Lunatic asylums Punjab 1895-1910 - 1895-1910
Year: 1895
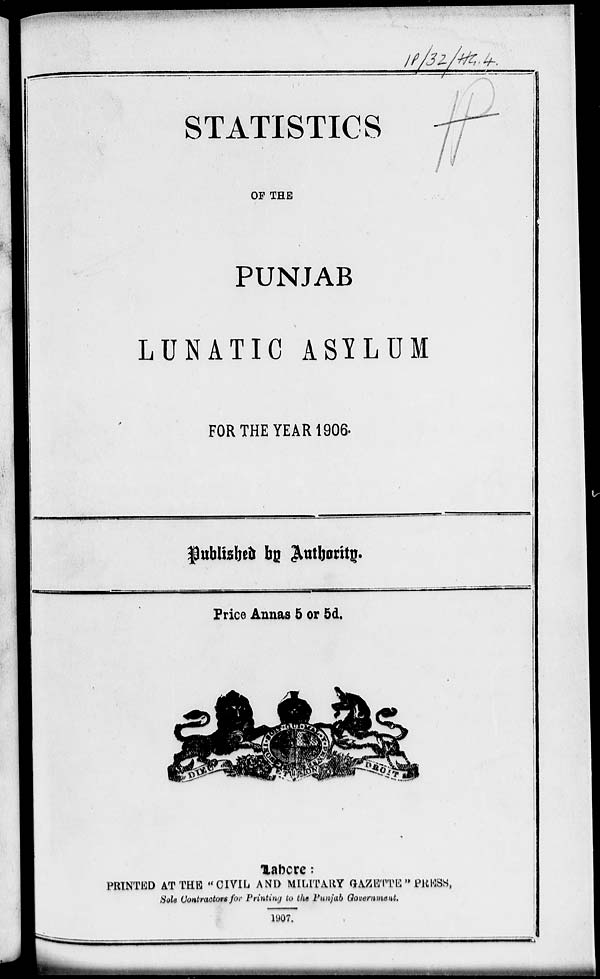
STATISTICS
OF THE
PUNJAB
LUNATIC ASYLUM
FOR THE YEAR 1906.
Published by Authority.
Price Annas 5 or 5d.
Lahore :
PRINTED AT THE " CIVIL AND MILITARY GAZETTE " PRESS,
Sole Contractors for Printing to the Punjab Government.
1907.